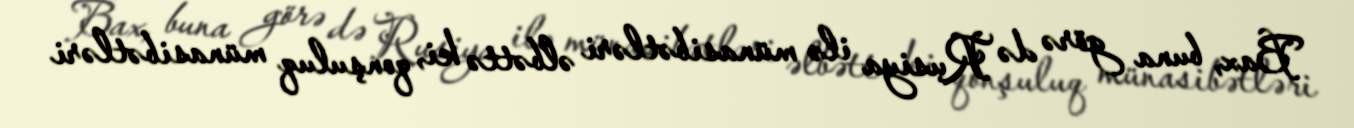
Bax, buna görə də Rusiya ilə münasibətləri əlbəttə ki, qonşuluq münasibətləri